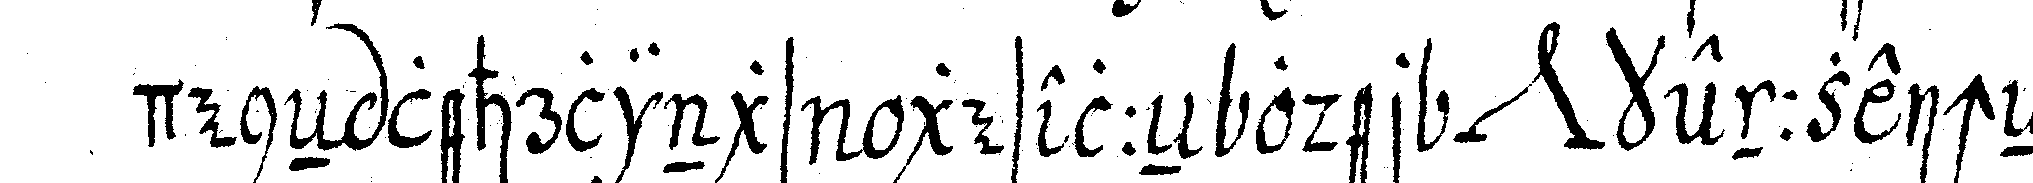
deneN lehrlings geselleN oder *nee* kennzeicheN